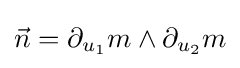
{\vec {n}}=\partial _{u_{1}}m\wedge \partial _{u_{2}}m